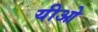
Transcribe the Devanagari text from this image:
यीओ